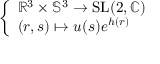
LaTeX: \left\{ \begin{array} { l l } { \mathbb { R } ^ { 3 } \times \mathbb { S } ^ { 3 } \to { \mathrm { S L } } ( 2 , \mathbb { C } ) } \\ { ( r , s ) \mapsto u ( s ) e ^ { h ( r ) } } \end{array} \right.